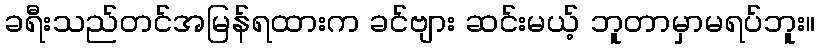
ခရီးသည်တင်အမြန်ရထားက ခင်ဗျား ဆင်းမယ့် ဘူတာမှာမရပ်ဘူး။